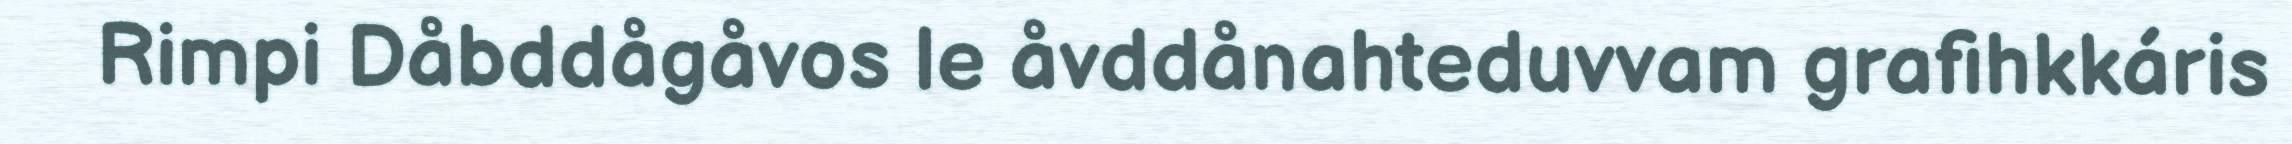
Rimpi Dåbddågåvos le åvddånahteduvvam grafihkkáris